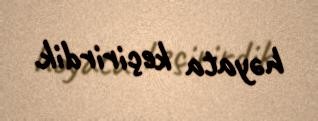
həyata keçirirdik.